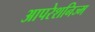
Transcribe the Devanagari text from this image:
आपरेशनिज्म